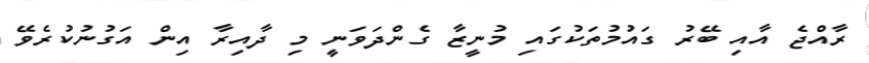
ރާއްޖެ އާއި ބޭރު ގައުމުތަކުގައި މުނީޒާ ގެންދަވަނީ މި ދާއިރާ އިން އަގުނުކުރެވޭ